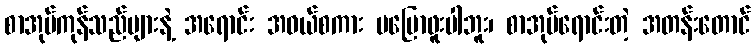
စာအုပ်ကုန်သည်များနဲ့ အရောင်း အဝယ်စကား မပြောဖူးပါဘူး၊ စာအုပ်ရောင်းတဲ့ အတန်းတောင်